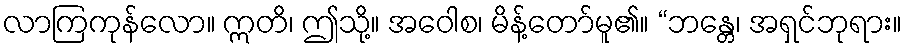
လာကြကုန်လော။ ဣတိ၊ ဤသို့။ အဝေါစ၊ မိန့်တော်မူ၏။ “ဘန္တေ၊ အရှင်ဘုရား။